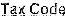
TAX CODE